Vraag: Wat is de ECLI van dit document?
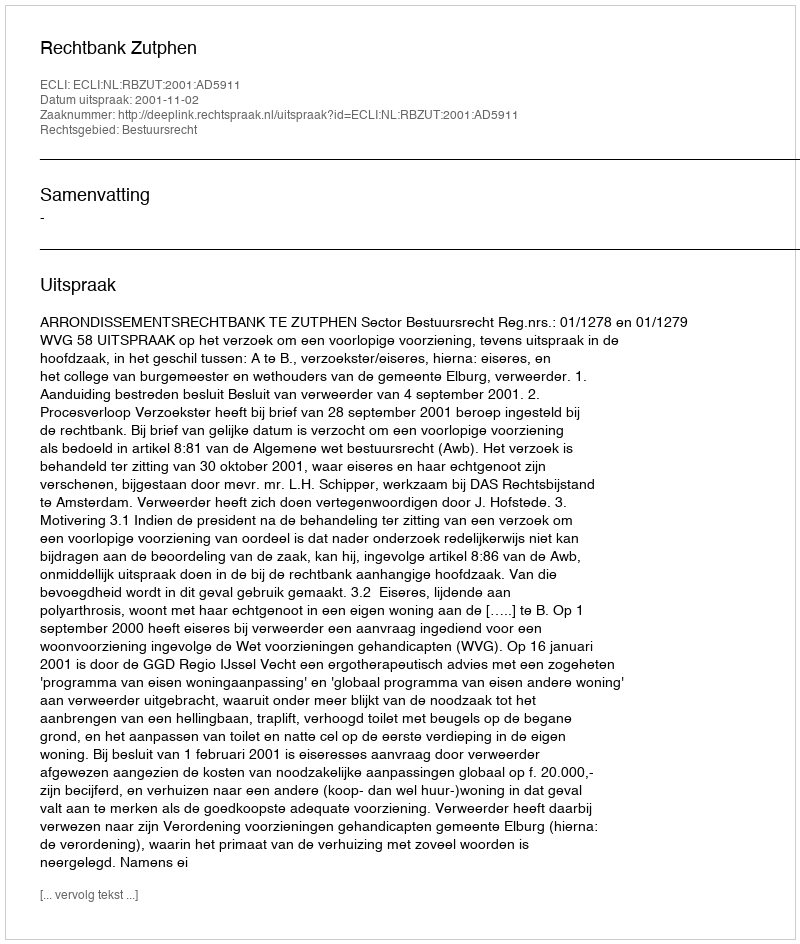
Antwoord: ECLI:NL:RBZUT:2001:AD5911